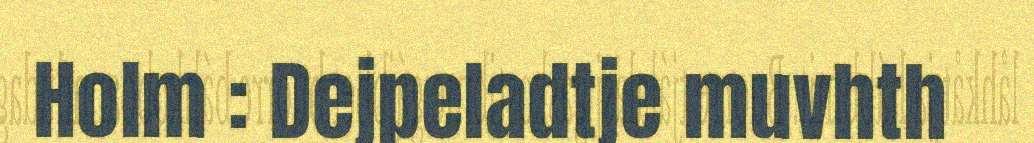
Holm : Dejpeladtje muvhth